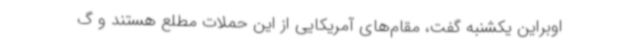
اوبراین یکشنبه گفت، مقام‌های آمریکایی از این حملات مطلع هستند و گ